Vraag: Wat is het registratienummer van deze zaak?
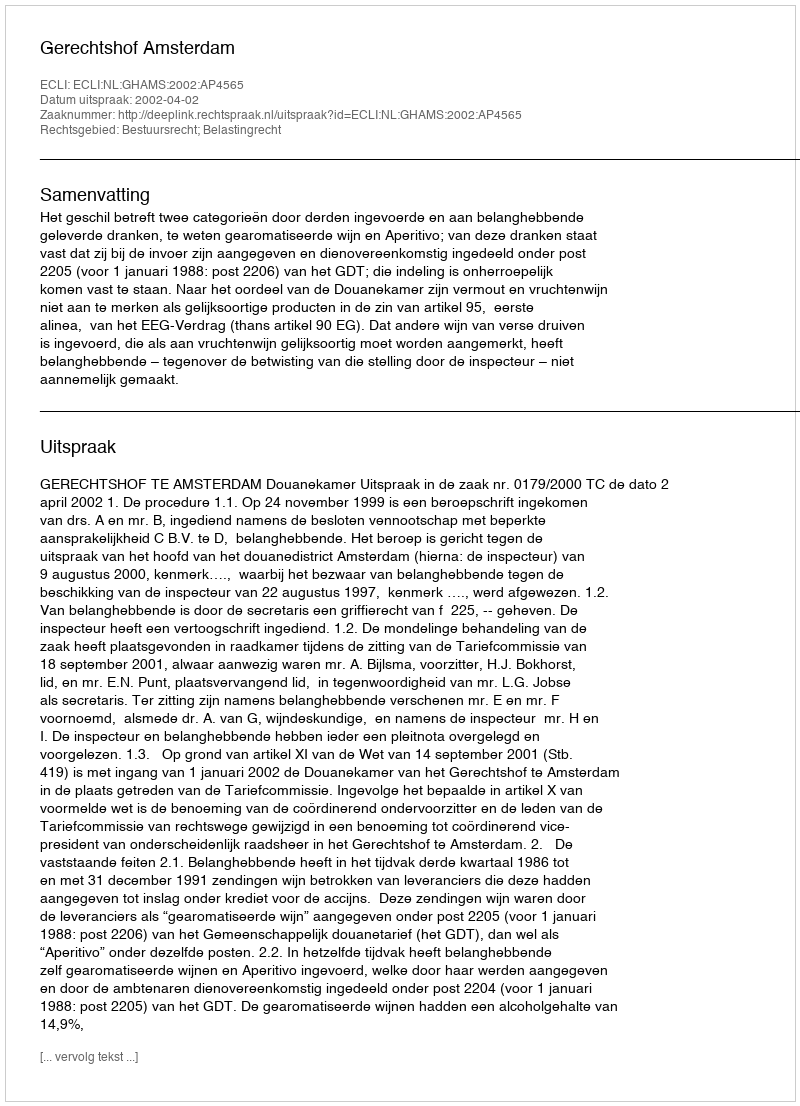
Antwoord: http://deeplink.rechtspraak.nl/uitspraak?id=ECLI:NL:GHAMS:2002:AP4565